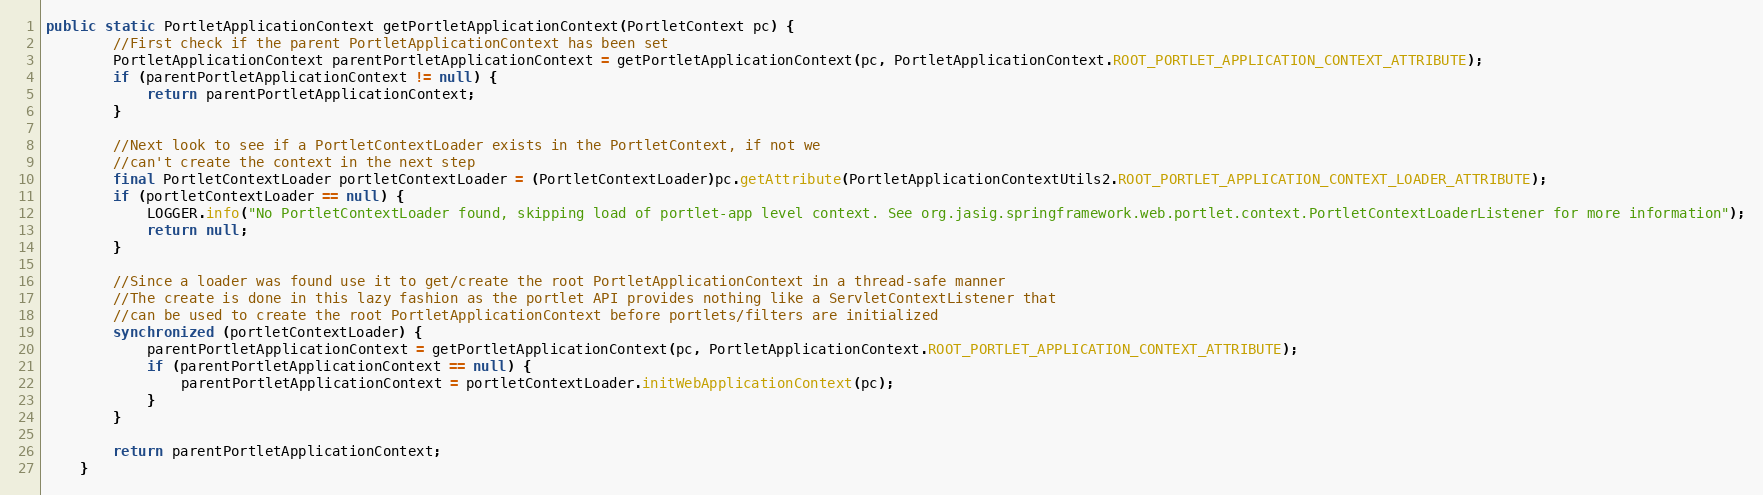
Language: Java
public static PortletApplicationContext getPortletApplicationContext(PortletContext pc) {
        //First check if the parent PortletApplicationContext has been set
        PortletApplicationContext parentPortletApplicationContext = getPortletApplicationContext(pc, PortletApplicationContext.ROOT_PORTLET_APPLICATION_CONTEXT_ATTRIBUTE);
        if (parentPortletApplicationContext != null) {
            return parentPortletApplicationContext;
        }

        //Next look to see if a PortletContextLoader exists in the PortletContext, if not we
        //can't create the context in the next step
        final PortletContextLoader portletContextLoader = (PortletContextLoader)pc.getAttribute(PortletApplicationContextUtils2.ROOT_PORTLET_APPLICATION_CONTEXT_LOADER_ATTRIBUTE);
        if (portletContextLoader == null) {
            LOGGER.info("No PortletContextLoader found, skipping load of portlet-app level context. See org.jasig.springframework.web.portlet.context.PortletContextLoaderListener for more information");
            return null;
        }

        //Since a loader was found use it to get/create the root PortletApplicationContext in a thread-safe manner
        //The create is done in this lazy fashion as the portlet API provides nothing like a ServletContextListener that
        //can be used to create the root PortletApplicationContext before portlets/filters are initialized
        synchronized (portletContextLoader) {
            parentPortletApplicationContext = getPortletApplicationContext(pc, PortletApplicationContext.ROOT_PORTLET_APPLICATION_CONTEXT_ATTRIBUTE);
            if (parentPortletApplicationContext == null) {
                parentPortletApplicationContext = portletContextLoader.initWebApplicationContext(pc);
            }
        }

        return parentPortletApplicationContext;
    }